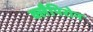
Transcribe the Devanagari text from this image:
क्लैपिरोन